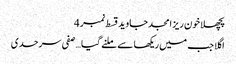
پچھلا خون ریز امجد جاوید قسط نمبر 4
اگلا جب میں ریکھا سے ملنے گیا … صفی سرحدی